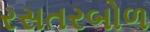
રસતરબોળ